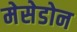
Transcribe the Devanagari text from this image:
मेसेडोन